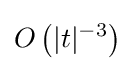
O\left(|t|^{-3}\right)